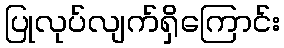
ပြုလုပ်လျက်ရှိကြောင်း